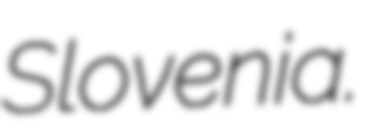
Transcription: Slovenia.